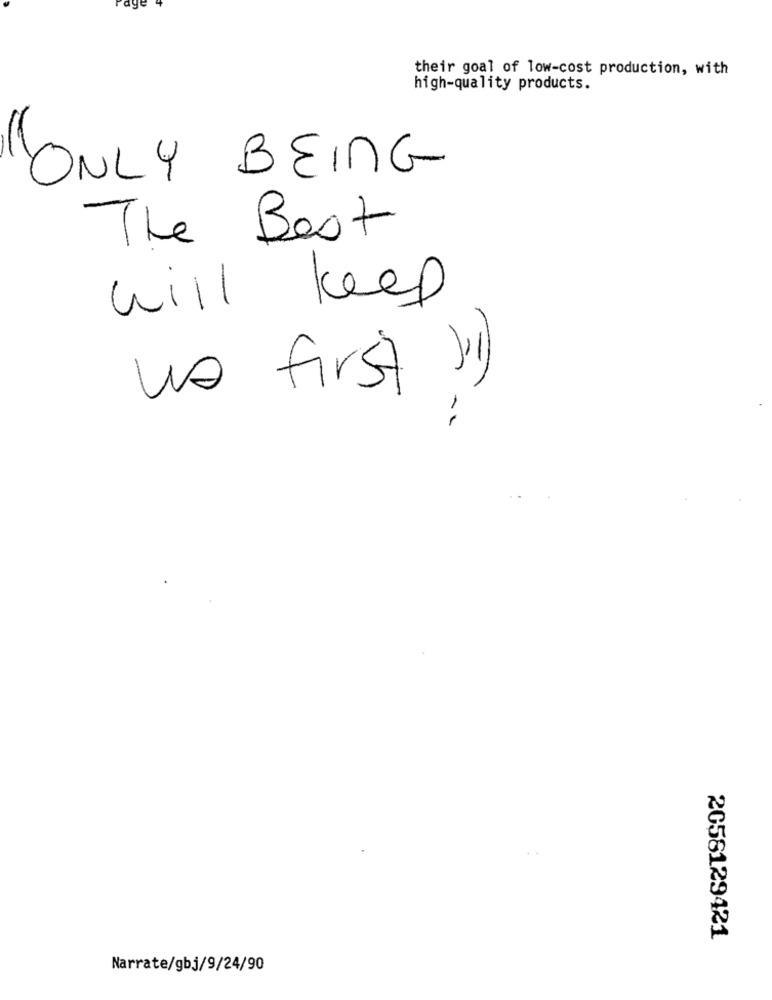
their goal of low-cost production, with
high-quality products.
ONLY BEING
The Best
will keep
us first "1)
-
2058129421
Narrate/gbj/9/24/90